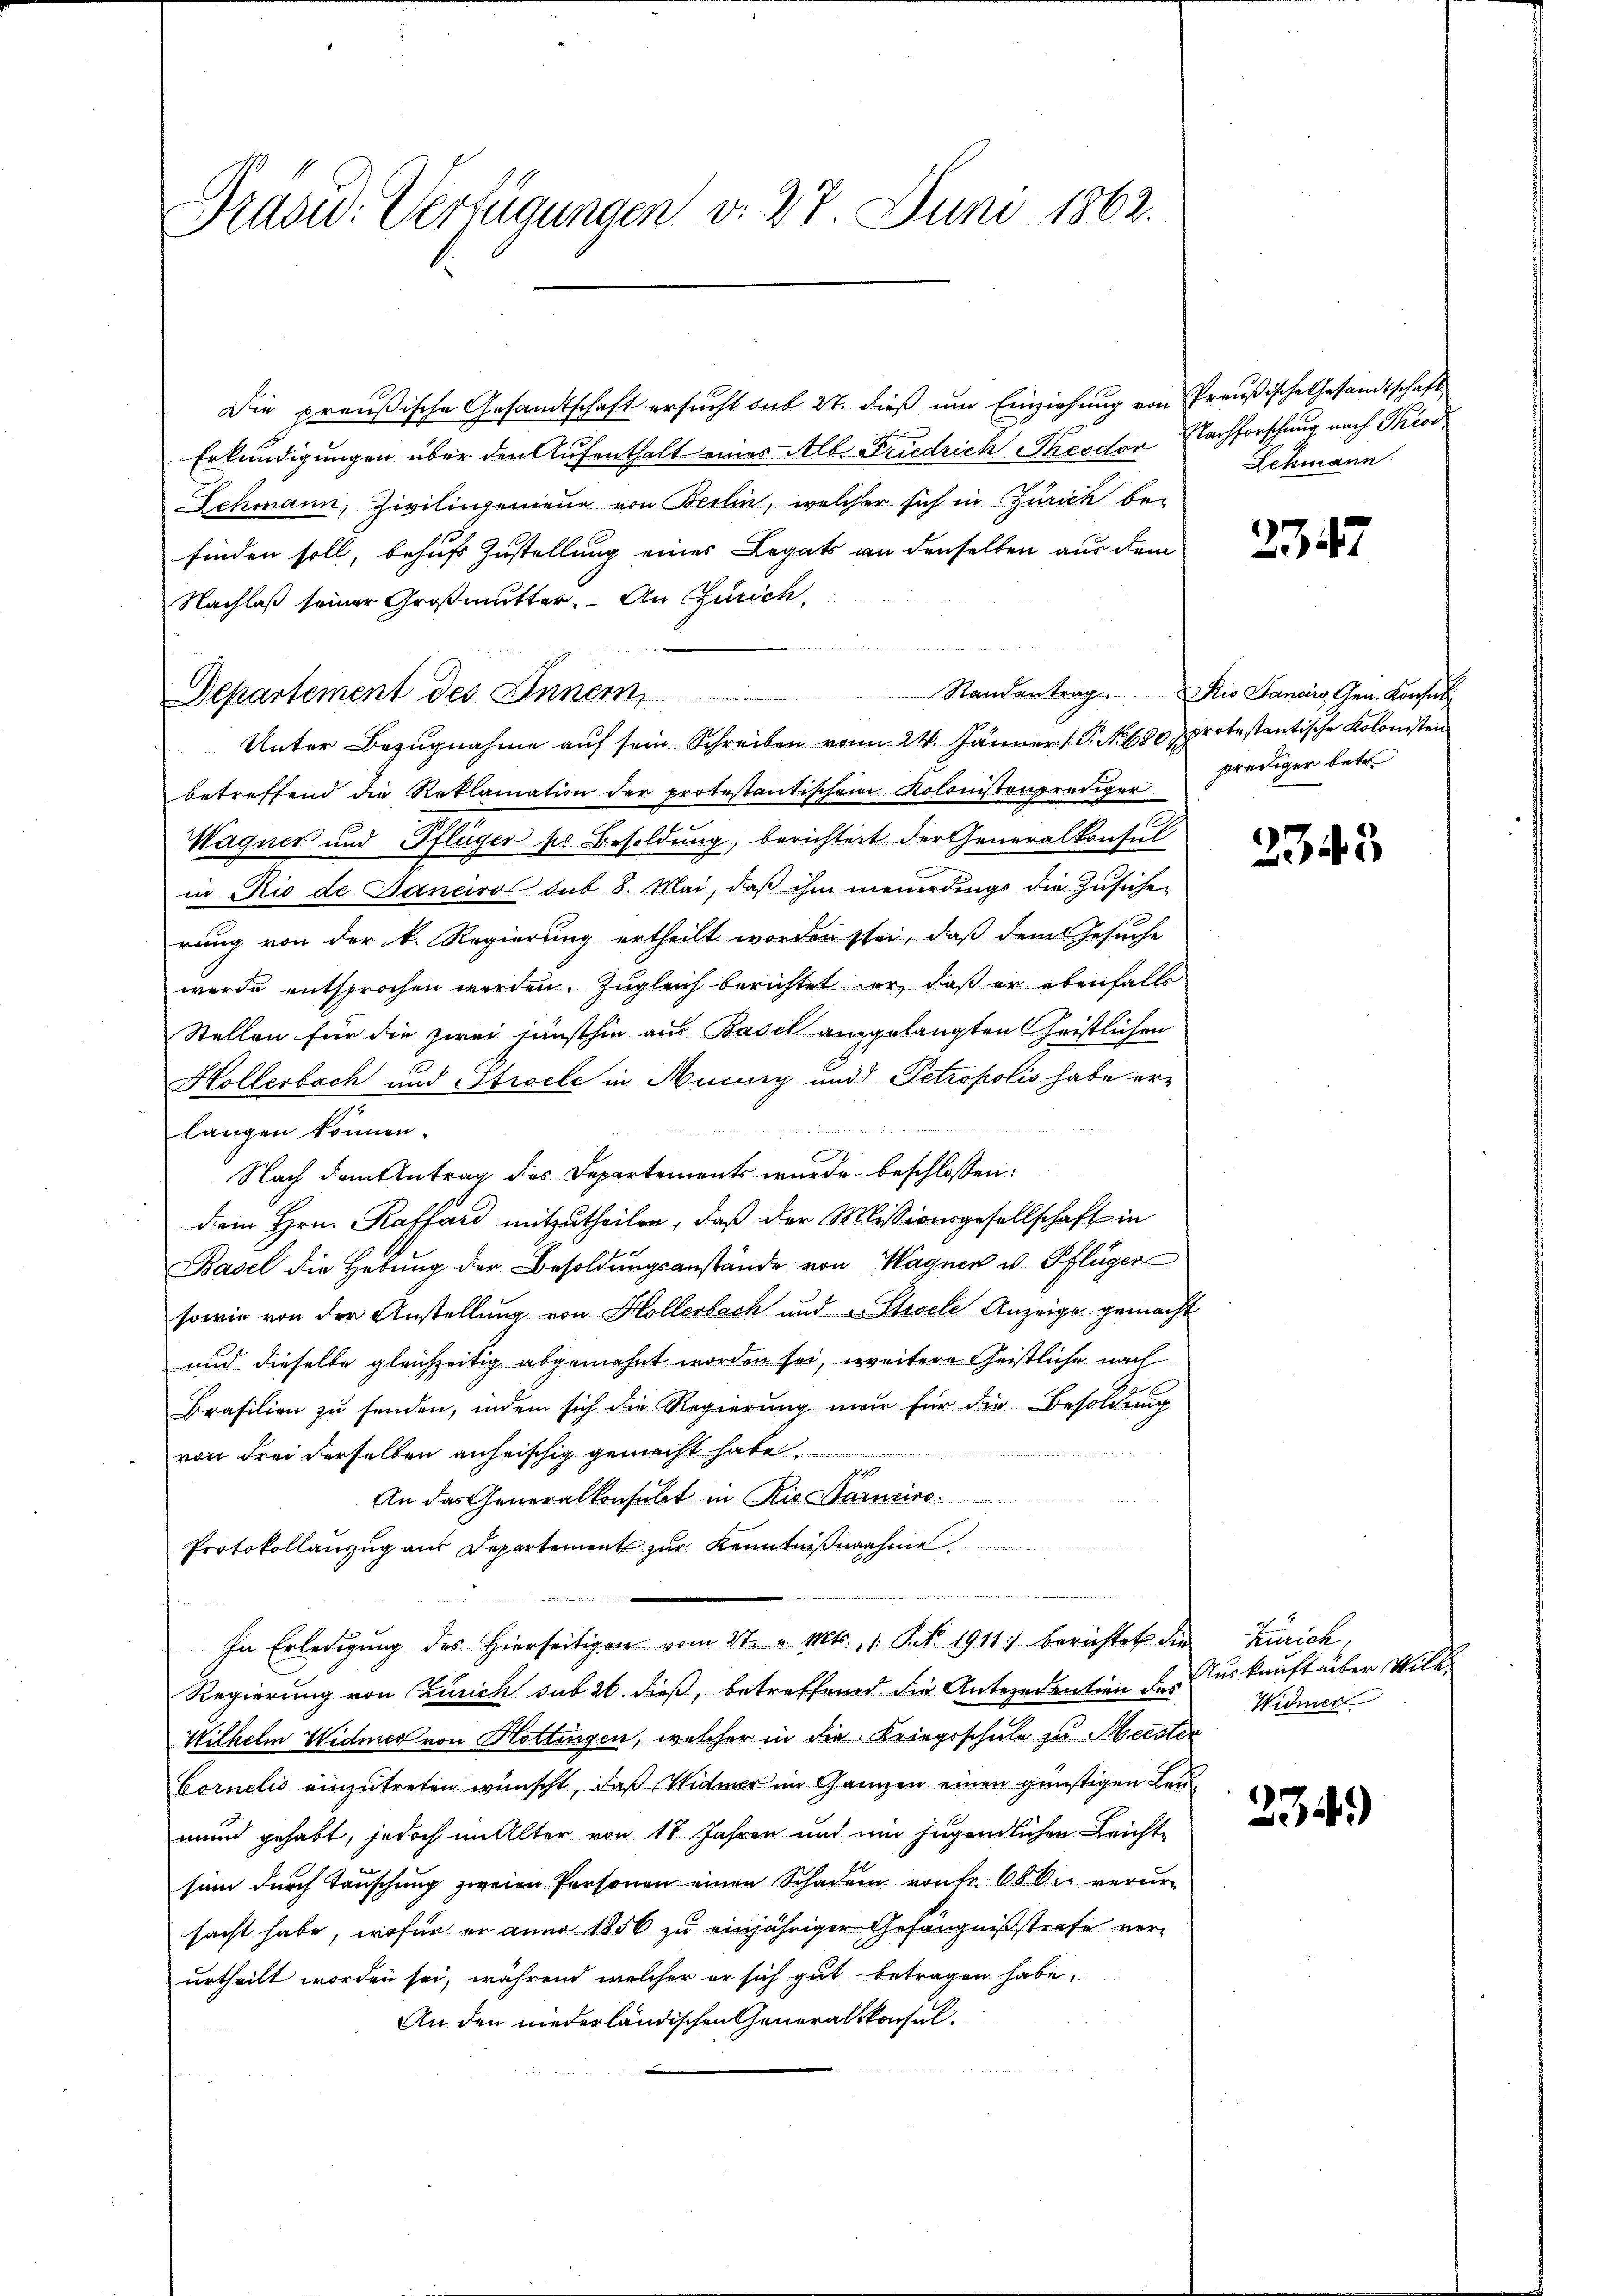
Die preußische Gesandtschaft ersŭcht sub 27. dieß um Einziehung von Preußische Gesandtschaft
Erkundigungen über den Aufenthalt eines Alle Friedrich Theodor Nachforschung nach Pro
Schmann, Zivilingenieur von Berlin, welcher sich in Zürich be-
finden soll, behufs Zustellung eines Legats an denselben aus dem
Nachlaß seiner Großmutter. An Zürich
Departement des Innern,
Unter Bezugnahme aŭf sein Schreiben vom 24. Jänner P. No. 680 protestantische Kolonisten
betreffend die Reklamation der protestantischen Kolonistenprediger prediger betr.
Wagner und Pflüger po Besoldung, berichtert der Generalkonsul
in Rio de Sancirol sub 8. Mai, daß ihm neuerdings die Zusiche
rung von der k. Regierung ertheilt worden sei, daß dem Gesuche
wurde entsprochen werden. Zugleich berichtet er, daß er ebenfalls
Stellen für die zwei jünsthin aus Basel ausgelangten Geistlichen
Hollerbach und Strocke in Aucury und Petropolis habe erlangen können.
Nach dem Antrag des Departements wurde beschlossen:
dem Hrn. Kaffard mitzutheilen, daß der Missionsgesellschaft in
Basel die Hebung der Besoldungsanstände von Wagner v. Pflüger
sowie von der Anstellung von Hollerbach und Stiele Anzeige gemacht
und dieselbe gleichzeitig abgemahnt worden sei, weitere Geistliche nach
Brasilien zu senden, indem sich die Regierung nur für die Besoldung
A.
von drei derselben anheischig gemacht habe.
An das Generalkonsulat in Ris. Warneins¬
Protokollanzug aus Departement zur Kenntnißnahme
.
In Erledigŭng des hierseitigen vom 27. v. Mts. 1. Frk. 1911) berichtet die Zürich,
Regierung von Zürich sub 26. dieß, betreffend die Antezedention des
Wilhelm Widmer von Hottingen, welcher in die Kriegsschule zu Meister
Cornelis einzutreten wünscht, daß Widmer im Ganzen einen günstigen Leumund gehabt, jedoch im Alter von 18 Jahren und um jugendlichen Leichtsinn durch Tauschung zweien Personen einen Schaden von Fr. 68 kr verursacht habe, wofür er anno 1856 zu einjähriger Gefängnißstrafe verurtheilt worden sei, während welcher er sich gut betragen habe.
An den niederländischen Generalkonsul¬

Präsid. Verfügungen v. 27. Juni 1862.

Lehmann

2357

Randantrag. Die Janeiro Gen. Konsul

2343

Turkunft über Will
Widmer

2349)